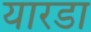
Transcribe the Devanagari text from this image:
यारडा